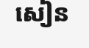
សៀន